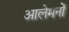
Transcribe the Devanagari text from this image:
आलेमनों